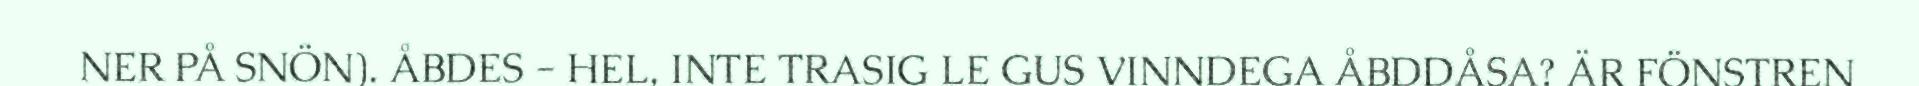
NER PÅ SNÖN). ÅBDES - HEL, INTE TRASIG LE GUS VINNDEGA ÅBDDÅSA? ÄR FÖNSTREN